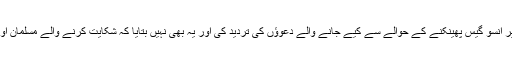
ترجمان نے رضاکاروں پر آنسو گیس پھینکنے کے حوالے سے کیے جانے والے دعوؤں کی تردید کی اور یہ بھی نہیں بتایا کہ شکایت کرنے والے مسلمان اور مسیحی تھے یا یہودی ۔